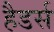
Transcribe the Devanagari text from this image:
हैडर्स